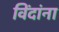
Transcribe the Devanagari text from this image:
विंदांना